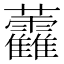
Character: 𧆑